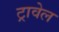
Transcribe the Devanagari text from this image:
ट्रावेल